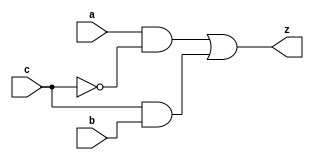
///////////////////////////////////
//			Mux
///////////////////////////////////
//Mux 1-bit
module yMux1(z, a, b, c);
output z;
input a, b, c;
wire notC, upper, lower;
not my_not(notC, c);
and upperAnd(upper, a, notC);
and lowerAnd(lower, c, b);
or my_or(z, upper, lower);
endmodule

//Mux n-bit
module yMux(z, a, b, c);
parameter SIZE = 2;
output [SIZE-1:0] z;
input [SIZE-1:0] a, b;
input c;
yMux1 master1[SIZE-1:0](z, a, b, c);
endmodule

//4to1 Mux n-bit
module yMux4to1(z, a0, a1, a2, a3, c);
parameter SIZE = 2;
output [SIZE-1:0] z;
input [SIZE-1:0] a0, a1, a2, a3;
input [1:0] c;
wire [SIZE-1:0] rlo, rhi;
yMux #(SIZE) low(rlo, a0, a1, c[0]);
yMux #(SIZE) high(rhi, a2, a3, c[0]);
yMux #(SIZE) result(z, rlo, rhi, c[1]);
endmodule

///////////////////////////////////
//			Adder
///////////////////////////////////
//Adder 1-bit
module yAdder1(z, cout, a, b, cin);
output z, cout;
input a, b, cin;
xor (p1, a, b);
xor (z, p1, cin);
and (p2, a, b);
and (p3, cin, p1);
or (cout, p3, p2);
endmodule

//Adder 32-bit
module yAdder(z, cout, a, b, cin);
output[31:0] z;
output cout;
input[31:0] a, b;
input cin;
wire[31:0] in, out;
assign in[0] = cin;
assign in[31:1] = out[30:0];
assign cout = out[31];
yAdder1 master2[31:0](z, out, a, b, in);
endmodule


///////////////////////////////////
//			Arith
///////////////////////////////////
//Arith 32-bit
module yArith(z, cout, a, b, ctrl);
output[31:0] z;
output cout;
input[31:0] a, b;
input ctrl;
wire[31:0] in, out, notB, tempB;
not switch[31:0](notB, b);
yMux #(.SIZE(32)) convert(tempB, b, notB, ctrl);
yAdder master3(z, cout, a, tempB, ctrl);
endmodule


///////////////////////////////////
//			Alu
///////////////////////////////////
//Alu 32-bit
/*
op	operation
0	and
1	or
2	plus
6	minus
7	slt
*/
module yAlu(z, ex, a, b, op);
output[31:0] z;
output ex;
input[31:0] a, b;
input[2:0] op;

wire[31:0] result0, result1, result2, result3;

wire[15:0] z16;
wire[7:0] z8;
wire[3:0] z4;
wire[1:0] z2;
wire slt;

wire null;

//a&b
and operation0[31:0](result0, a, b);

//a|b
or	operation1[31:0](result1, a, b);

//a+-b
yArith operation2[31:0](result2, null, a, b, op[2]);

//slt
xor operation3a[31:0](condition, a[31], b[31]);
yMux1 operation3b(result3[0], result2[31], a[31], condition);
assign result3[31:1] = 0;

//ALU
yMux4to1 #(.SIZE(32)) master4(z, result0, result1, result2, result3, op[1:0]);


//Exception
or or16[15:0] (z16, z[15:0], z[31:16]);
or or8[7:0] (z8, z16[7:0], z16[15:8]);
or or4[3:0] (z4, z8[3:0], z8[7:4]);
or or2[1:0] (z2, z4[1:0], z4[3:2]);
or lor (lor, z2[0], z2[1]);
not (ex, lor);

endmodule